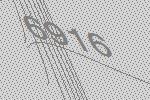
6916